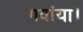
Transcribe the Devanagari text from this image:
गवांया।